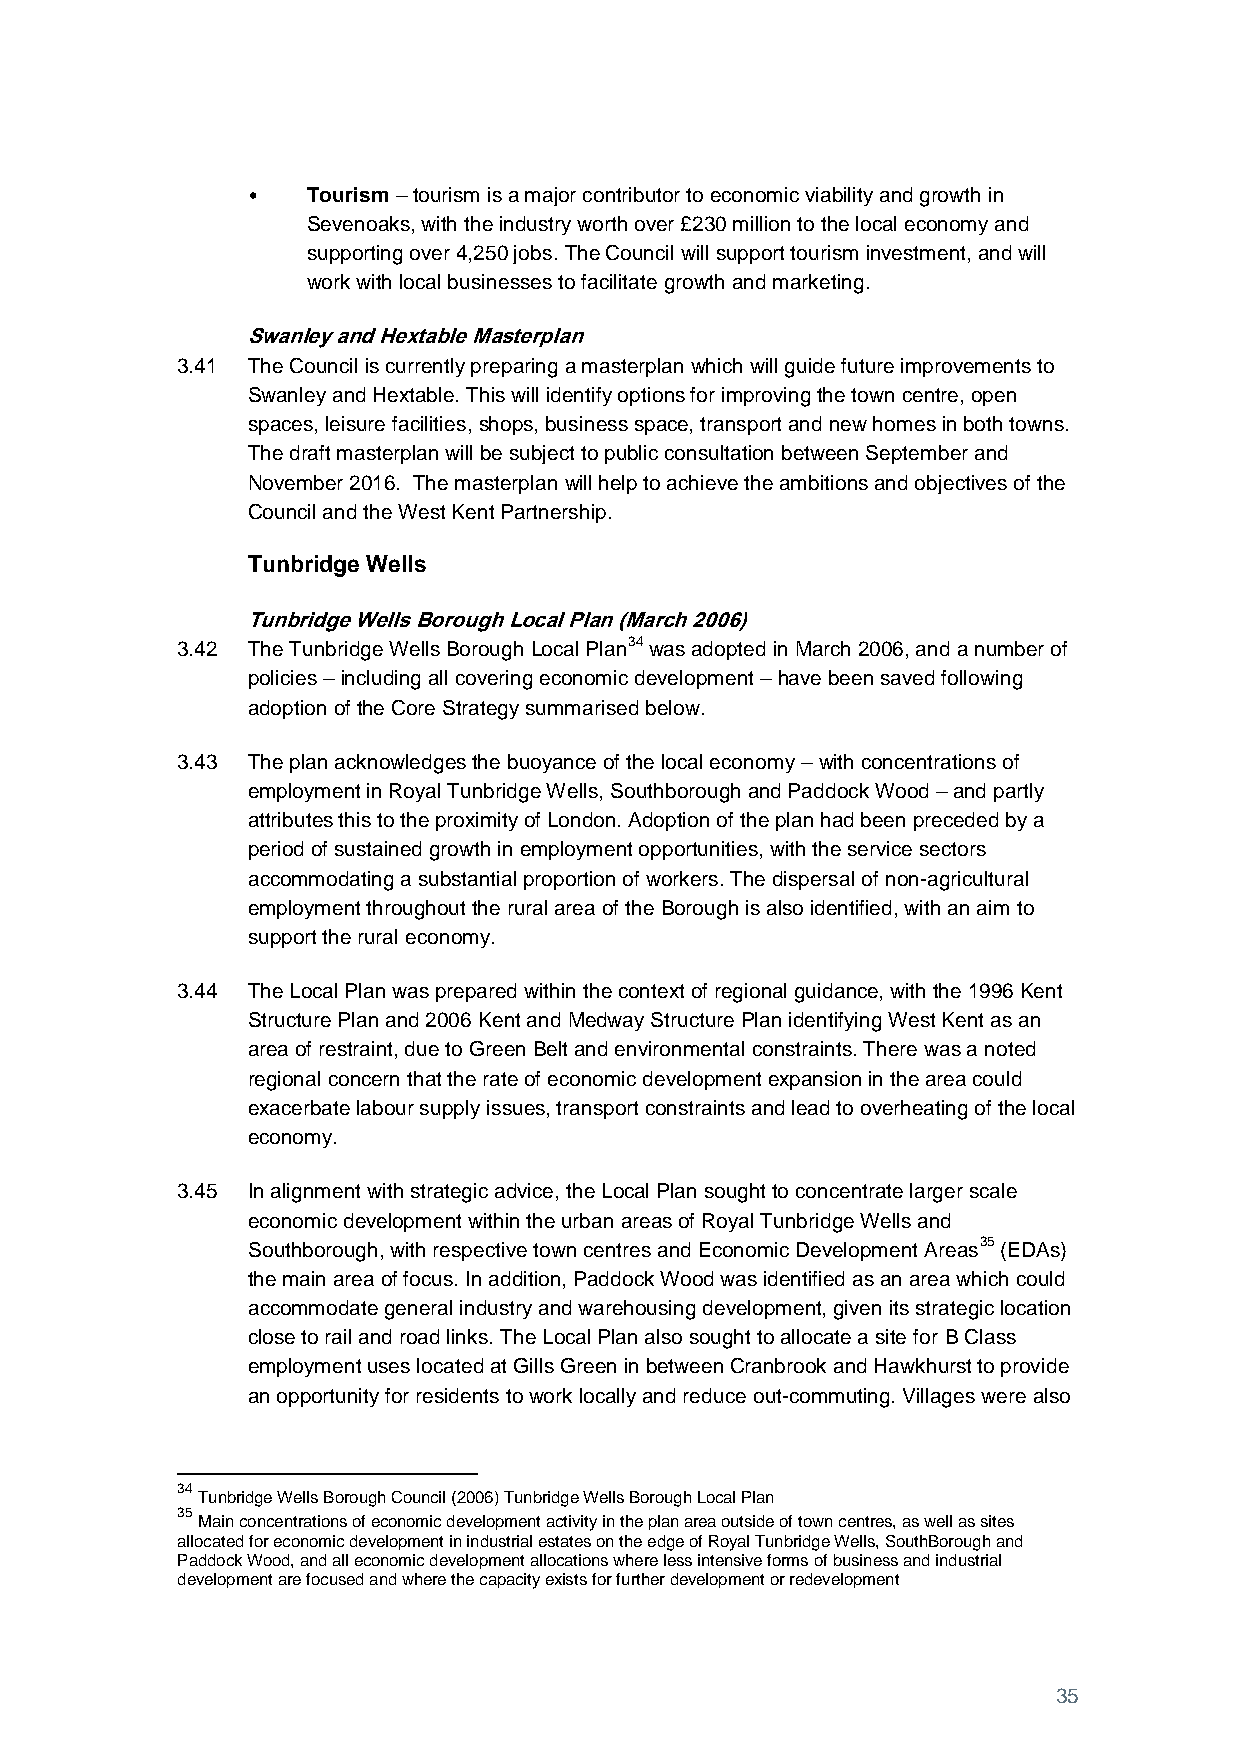
•   Tourism – tourism is a major contributor to economic viability and growth in
 Sevenoaks, with the industry worth over £230 million to the local economy and
 supporting over 4,250 jobs. The Council will support tourism investment, and will
 work with local businesses to facilitate growth and marketing.
 Swanley and Hextable Masterplan
 3.41 The Council is currently preparing a masterplan which will guide future improvements to
 Swanley and Hextable. This will identify options for improving the town centre, open
 spaces, leisure facilities, shops, business space, transport and new homes in both towns.
 The draft masterplan will be subject to public consultation between September and
 November 2016. The masterplan will help to achieve the ambitions and objectives of the
 Council and the West Kent Partnership.
 Tunbridge Wells
 Tunbridge Wells Borough Local Plan (March 2006)
 3.42 The Tunbridge Wells Borough Local Plan34 was adopted in March 2006, and a number of
 policies – including all covering economic development – have been saved following
 adoption of the Core Strategy summarised below.
 3.43 The plan acknowledges the buoyance of the local economy – with concentrations of
 employment in Royal Tunbridge Wells, Southborough and Paddock Wood – and partly
 attributes this to the proximity of London. Adoption of the plan had been preceded by a
 period of sustained growth in employment opportunities, with the service sectors
 accommodating a substantial proportion of workers. The dispersal of non-agricultural
 employment throughout the rural area of the Borough is also identified, with an aim to
 support the rural economy.
 3.44 The Local Plan was prepared within the context of regional guidance, with the 1996 Kent
 Structure Plan and 2006 Kent and Medway Structure Plan identifying West Kent as an
 area of restraint, due to Green Belt and environmental constraints. There was a noted
 regional concern that the rate of economic development expansion in the area could
 exacerbate labour supply issues, transport constraints and lead to overheating of the local
 economy.
 3.45 In alignment with strategic advice, the Local Plan sought to concentrate larger scale
 economic development within the urban areas of Royal Tunbridge Wells and
 Southborough, with respective town centres and Economic Development Areas35 (EDAs)
 the main area of focus. In addition, Paddock Wood was identified as an area which could
 accommodate general industry and warehousing development, given its strategic location
 close to rail and road links. The Local Plan also sought to allocate a site for B Class
 employment uses located at Gills Green in between Cranbrook and Hawkhurst to provide
 an opportunity for residents to work locally and reduce out-commuting. Villages were also
 34
 Tunbridge Wells Borough Council (2006) Tunbridge Wells Borough Local Plan
 35
 Main concentrations of economic development activity in the plan area outside of town centres, as well as sites
 allocated for economic development in industrial estates on the edge of Royal Tunbridge Wells, SouthBorough and
 Paddock Wood, and all economic development allocations where less intensive forms of business and industrial
 development are focused and where the capacity exists for further development or redevelopment
 35